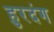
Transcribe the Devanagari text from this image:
हुरदंग